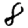
Digit: 8